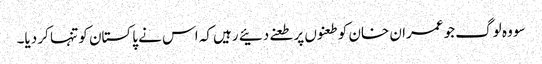
سو وہ لوگ جو عمران خان کو طعنوں پر طعنے دئیے رہیں کہ اس نے پاکستان کو تنہا کر دیا۔